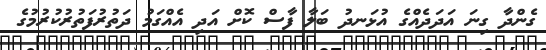
ގެންދާ ގިނަ އަދަދެއްގެ އުޅަނދު ބަލާ ފާސް ކޮށް އަދި އެއްގަމު ދަތުރުފަތުރުކުރުމުގެ